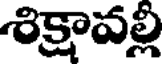
శిక్షావల్లి